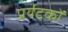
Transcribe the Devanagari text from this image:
प्रर्यटकों